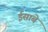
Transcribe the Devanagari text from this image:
ईसाबे